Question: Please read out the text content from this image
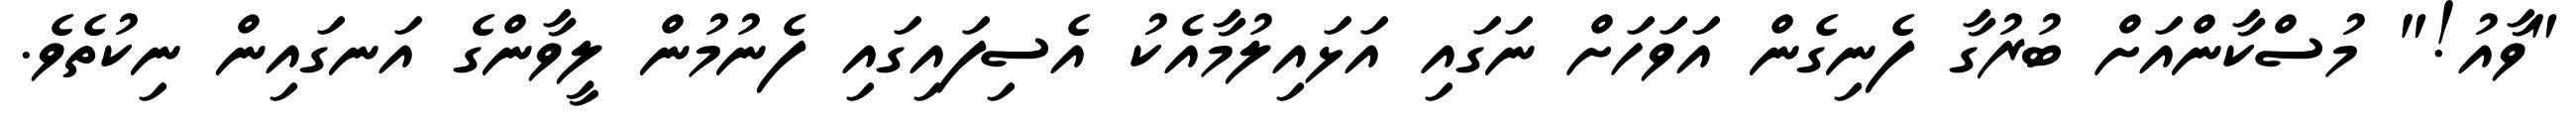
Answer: "ވާއު!" މުސްކާންއަށް ބުރުގާ ފެނިގެން އަވަހަށް ނަގައި އަޅައިލުމާއެކު އެސިފައިގައި ފެނުމުން ލީވާންގެ އަނގައިން ނިކުތެވެ.